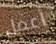
أعمل